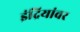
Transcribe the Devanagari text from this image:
इंद्रियांवर